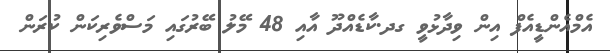
އެމްއެންޑީއެފް އިން ވިދާޅުވީ ގދ.ކާޑެއްދޫ އާއި 48 މޭލު ބޭރުގައި މަސްވެރިކަން ކުރަން